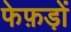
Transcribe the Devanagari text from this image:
फेफ़ड़ों